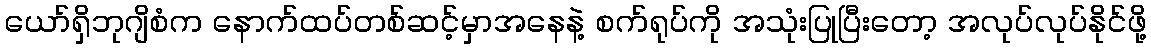
ယော်ရှိဘုဂျိစံက နောက်ထပ်တစ်ဆင့်မှာအနေနဲ့ စက်ရုပ်ကို အသုံးပြုပြီးတော့ အလုပ်လုပ်နိုင်ဖို့